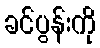
ခင်ပွန်းကို